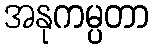
အနုကမ္ပတာ